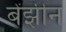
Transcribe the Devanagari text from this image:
बेंझीन